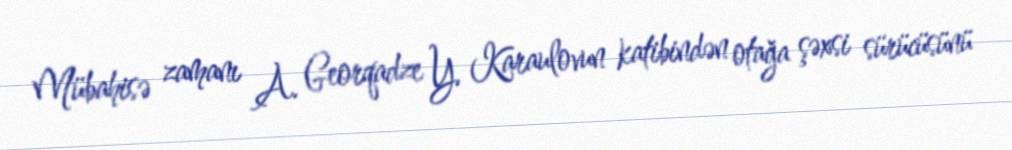
Mübahisə zamanı A. Georqadze Y. Karaulovun katibindən otağa şəxsi sürücüsünü